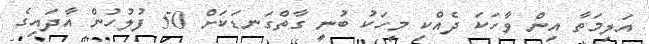
އަލިމަތާ އިން ވާހަކަ ދެއްކި މީހަކު ބުނީ ގާތްގަނޑަކަށް 50 ފުލުހުން އާދައިގެ